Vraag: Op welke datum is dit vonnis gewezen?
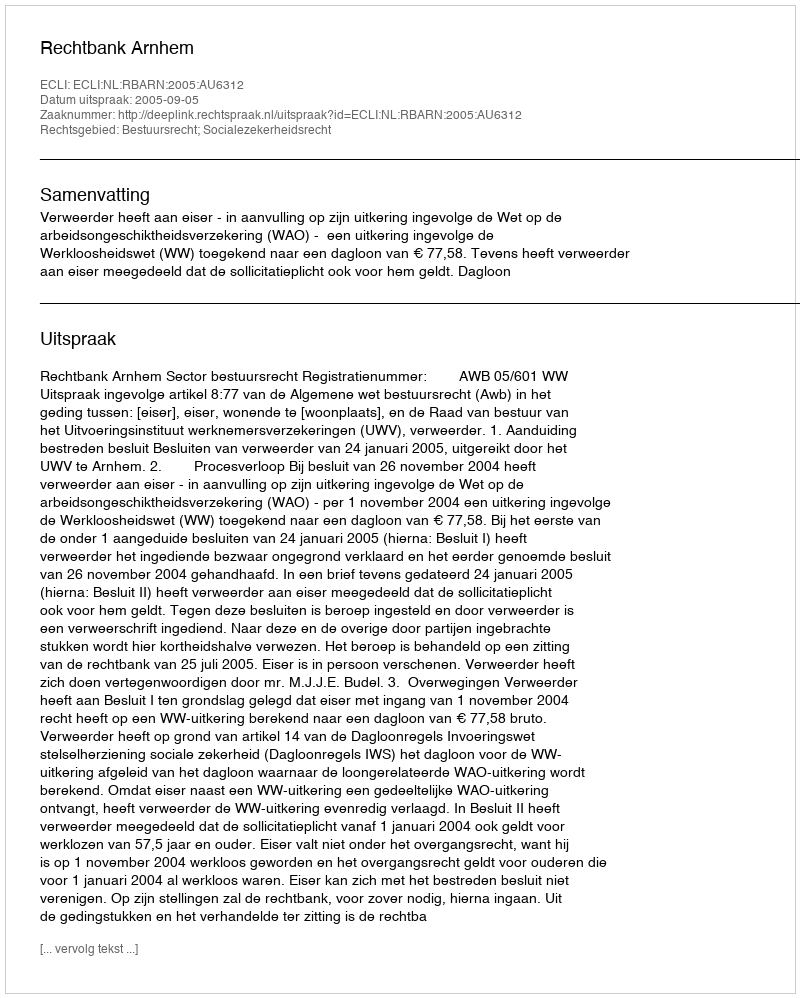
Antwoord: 2005-09-05